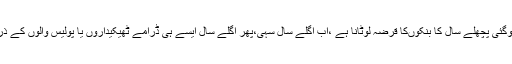
حکومت رقم دے گی تو دیویں گے،ساری باہر ایکسپورٹ ہوگئی پچھلے سال کا بنکوںکا قرضہ لوٹانا ہے ،اب اگلے سال سہی،پھر اگلے سال ایسے ہی ڈرامے ٹھیکیداروں یا پولیس والوں کے ذریعے تقاضا کریں تو آدھا ان کی “نذر”کرنا پڑ ے گا وغیرہ۔